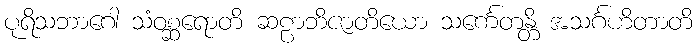
ပုရိသဘာဂေါ သံဝစ္ဆရောတိ ဆဠာဘိဇာတိယော သင်္ကေတန္တိ အသင်္ဂဟိတာတိ